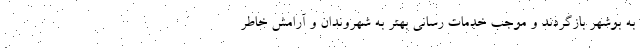
به بوشهر بازگردند و موجب خدمات رسانی بهتر به شهروندان و آرامش خاطر